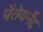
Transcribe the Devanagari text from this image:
पेंतेयर्नेद्द